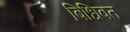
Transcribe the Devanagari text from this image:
बिधिवत